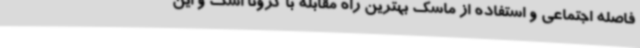
فاصله اجتماعی و استفاده از ماسک بهترین راه مقابله با کرونا است و این